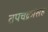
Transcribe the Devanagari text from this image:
तपचक्रांसह